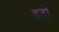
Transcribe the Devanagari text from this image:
ह्रदों